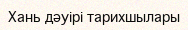
Хань дәуірі тарихшылары